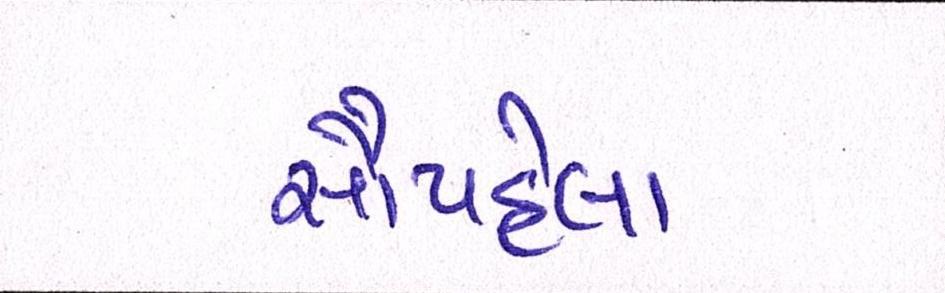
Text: સૌપહેલા